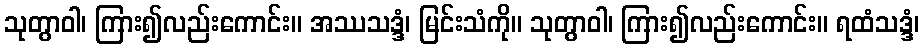
သုတွာဝါ၊ ကြား၍လည်းကောင်း။ အဿသဒ္ဒံ၊ မြင်းသံကို။ သုတွာဝါ၊ ကြား၍လည်းကောင်း။ ရထံသဒ္ဒံ၊